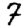
Digit: 7